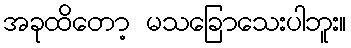
အခုထိတော့ မသခြောသေးပါဘူး။